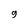
Character: g